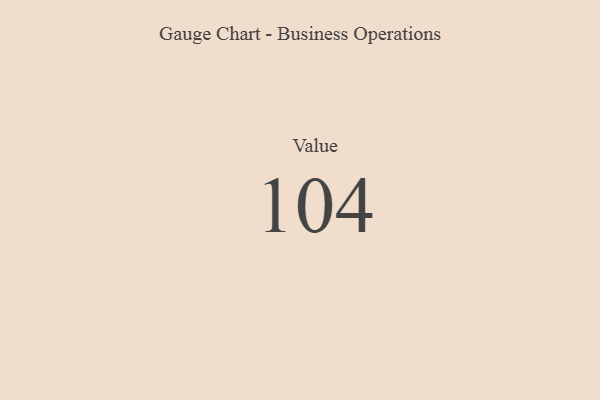
{"axis": {"x": "Metric", "y": "Value"}, "legend": [""], "data": [{"x": "Value", "y": 104, "type": ""}]}